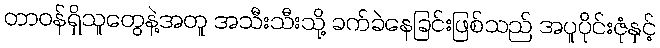
တာဝန်ရှိသူတွေနဲ့အတူ အသီးသီးသို့ ခက်ခဲနေခြင်းဖြစ်သည် အပူပိုင်းဇုံနှင့်